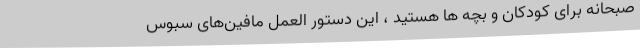
صبحانه برای کودکان و بچه ها هستید ، این دستور العمل مافین­های سبوس